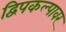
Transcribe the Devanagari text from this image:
द्विपकल्पावर